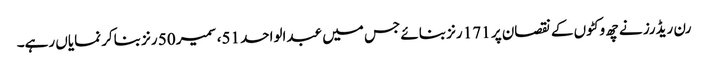
رن ریڈرز نے چھ وکٹوں کے نقصان پر 171 رنز بنائے جس میں عبدالواحد 51، سمیر 50 رنز بناکر نمایاں رہے۔